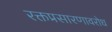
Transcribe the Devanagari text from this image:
रक्तप्रसारणावरोध